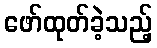
ဖော်ထုတ်ခဲ့သည့်